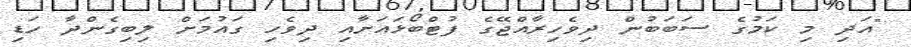
"އަދި މި ކަމުގެ ސަބަބުން ދިވެހިރާއްޖޭގެ ފުޓްބޯޅައަށާއި ދިވެހި ގައުމަށް ލިބިގެންދާ ހަޑި